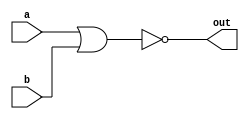
module top_module( 
    input wire a, 
    input wire b, 
    output wire out 
);
    // NOR gate logic: out is the complement of a OR b
    assign out = ~(a | b);
endmodule